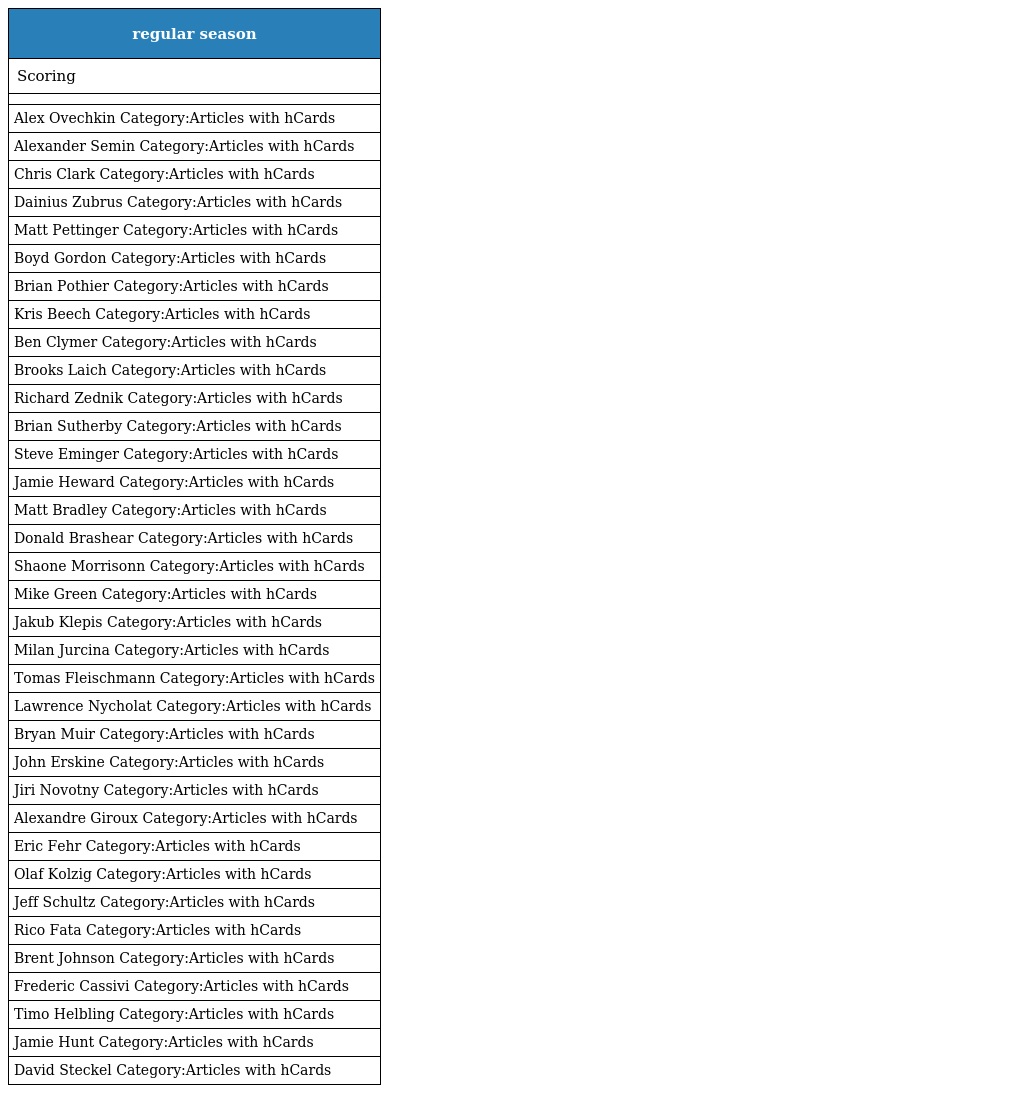
| regular season |
 | --- |
 | Scoring |
 |  |
 | Alex Ovechkin Category:Articles with hCards |
 | Alexander Semin Category:Articles with hCards |
 | Chris Clark Category:Articles with hCards |
 | Dainius Zubrus Category:Articles with hCards |
 | Matt Pettinger Category:Articles with hCards |
 | Boyd Gordon Category:Articles with hCards |
 | Brian Pothier Category:Articles with hCards |
 | Kris Beech Category:Articles with hCards |
 | Ben Clymer Category:Articles with hCards |
 | Brooks Laich Category:Articles with hCards |
 | Richard Zednik Category:Articles with hCards |
 | Brian Sutherby Category:Articles with hCards |
 | Steve Eminger Category:Articles with hCards |
 | Jamie Heward Category:Articles with hCards |
 | Matt Bradley Category:Articles with hCards |
 | Donald Brashear Category:Articles with hCards |
 | Shaone Morrisonn Category:Articles with hCards |
 | Mike Green Category:Articles with hCards |
 | Jakub Klepis Category:Articles with hCards |
 | Milan Jurcina Category:Articles with hCards |
 | Tomas Fleischmann Category:Articles with hCards |
 | Lawrence Nycholat Category:Articles with hCards |
 | Bryan Muir Category:Articles with hCards |
 | John Erskine Category:Articles with hCards |
 | Jiri Novotny Category:Articles with hCards |
 | Alexandre Giroux Category:Articles with hCards |
 | Eric Fehr Category:Articles with hCards |
 | Olaf Kolzig Category:Articles with hCards |
 | Jeff Schultz Category:Articles with hCards |
 | Rico Fata Category:Articles with hCards |
 | Brent Johnson Category:Articles with hCards |
 | Frederic Cassivi Category:Articles with hCards |
 | Timo Helbling Category:Articles with hCards |
 | Jamie Hunt Category:Articles with hCards |
 | David Steckel Category:Articles with hCards |